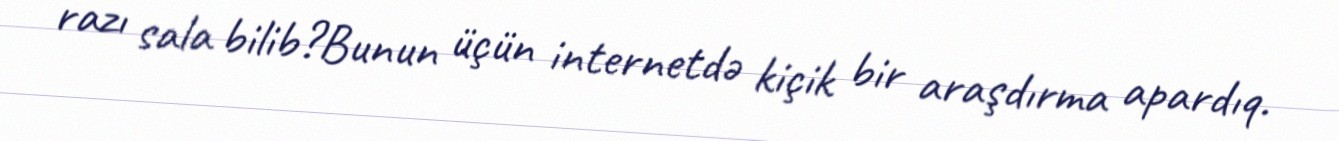
razı sala bilib?Bunun üçün internetdə kiçik bir araşdırma apardıq.